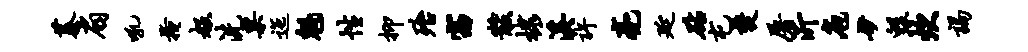
蓁扇吼掩赧洗粟迤魁性抑殆窈黻棣溪许亮延砧屯焚屠沂庖妙毁炊谒